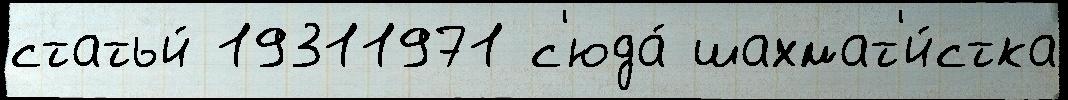
статьи́ 19311971 с'юда́ шахмат'и́стка